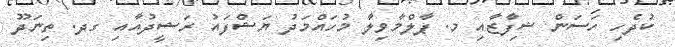
ކުދެހި ހަސަން ޝިފާޒާއި މ. ޕާލްމާވިލާ މުހައްމަދު ޔަޝްފައު ރަޝީދުއާއި ގދ. ތިނަދޫ